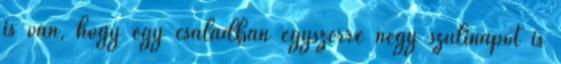
is van, hogy egy családban egyszerre négy szülinapot is